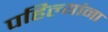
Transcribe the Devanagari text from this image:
पहिल्यांना